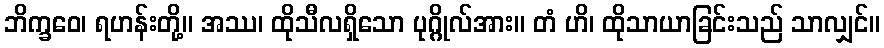
ဘိက္ခဝေ၊ ရဟန်းတို့။ အဿ၊ ထိုသီလရှိသော ပုဂ္ဂိုလ်အား။ တံ ဟိ၊ ထိုသာယာခြင်းသည် သာလျှင်။